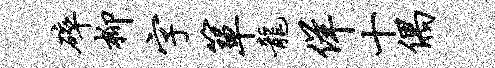
碎柳字箪龙佯十偶